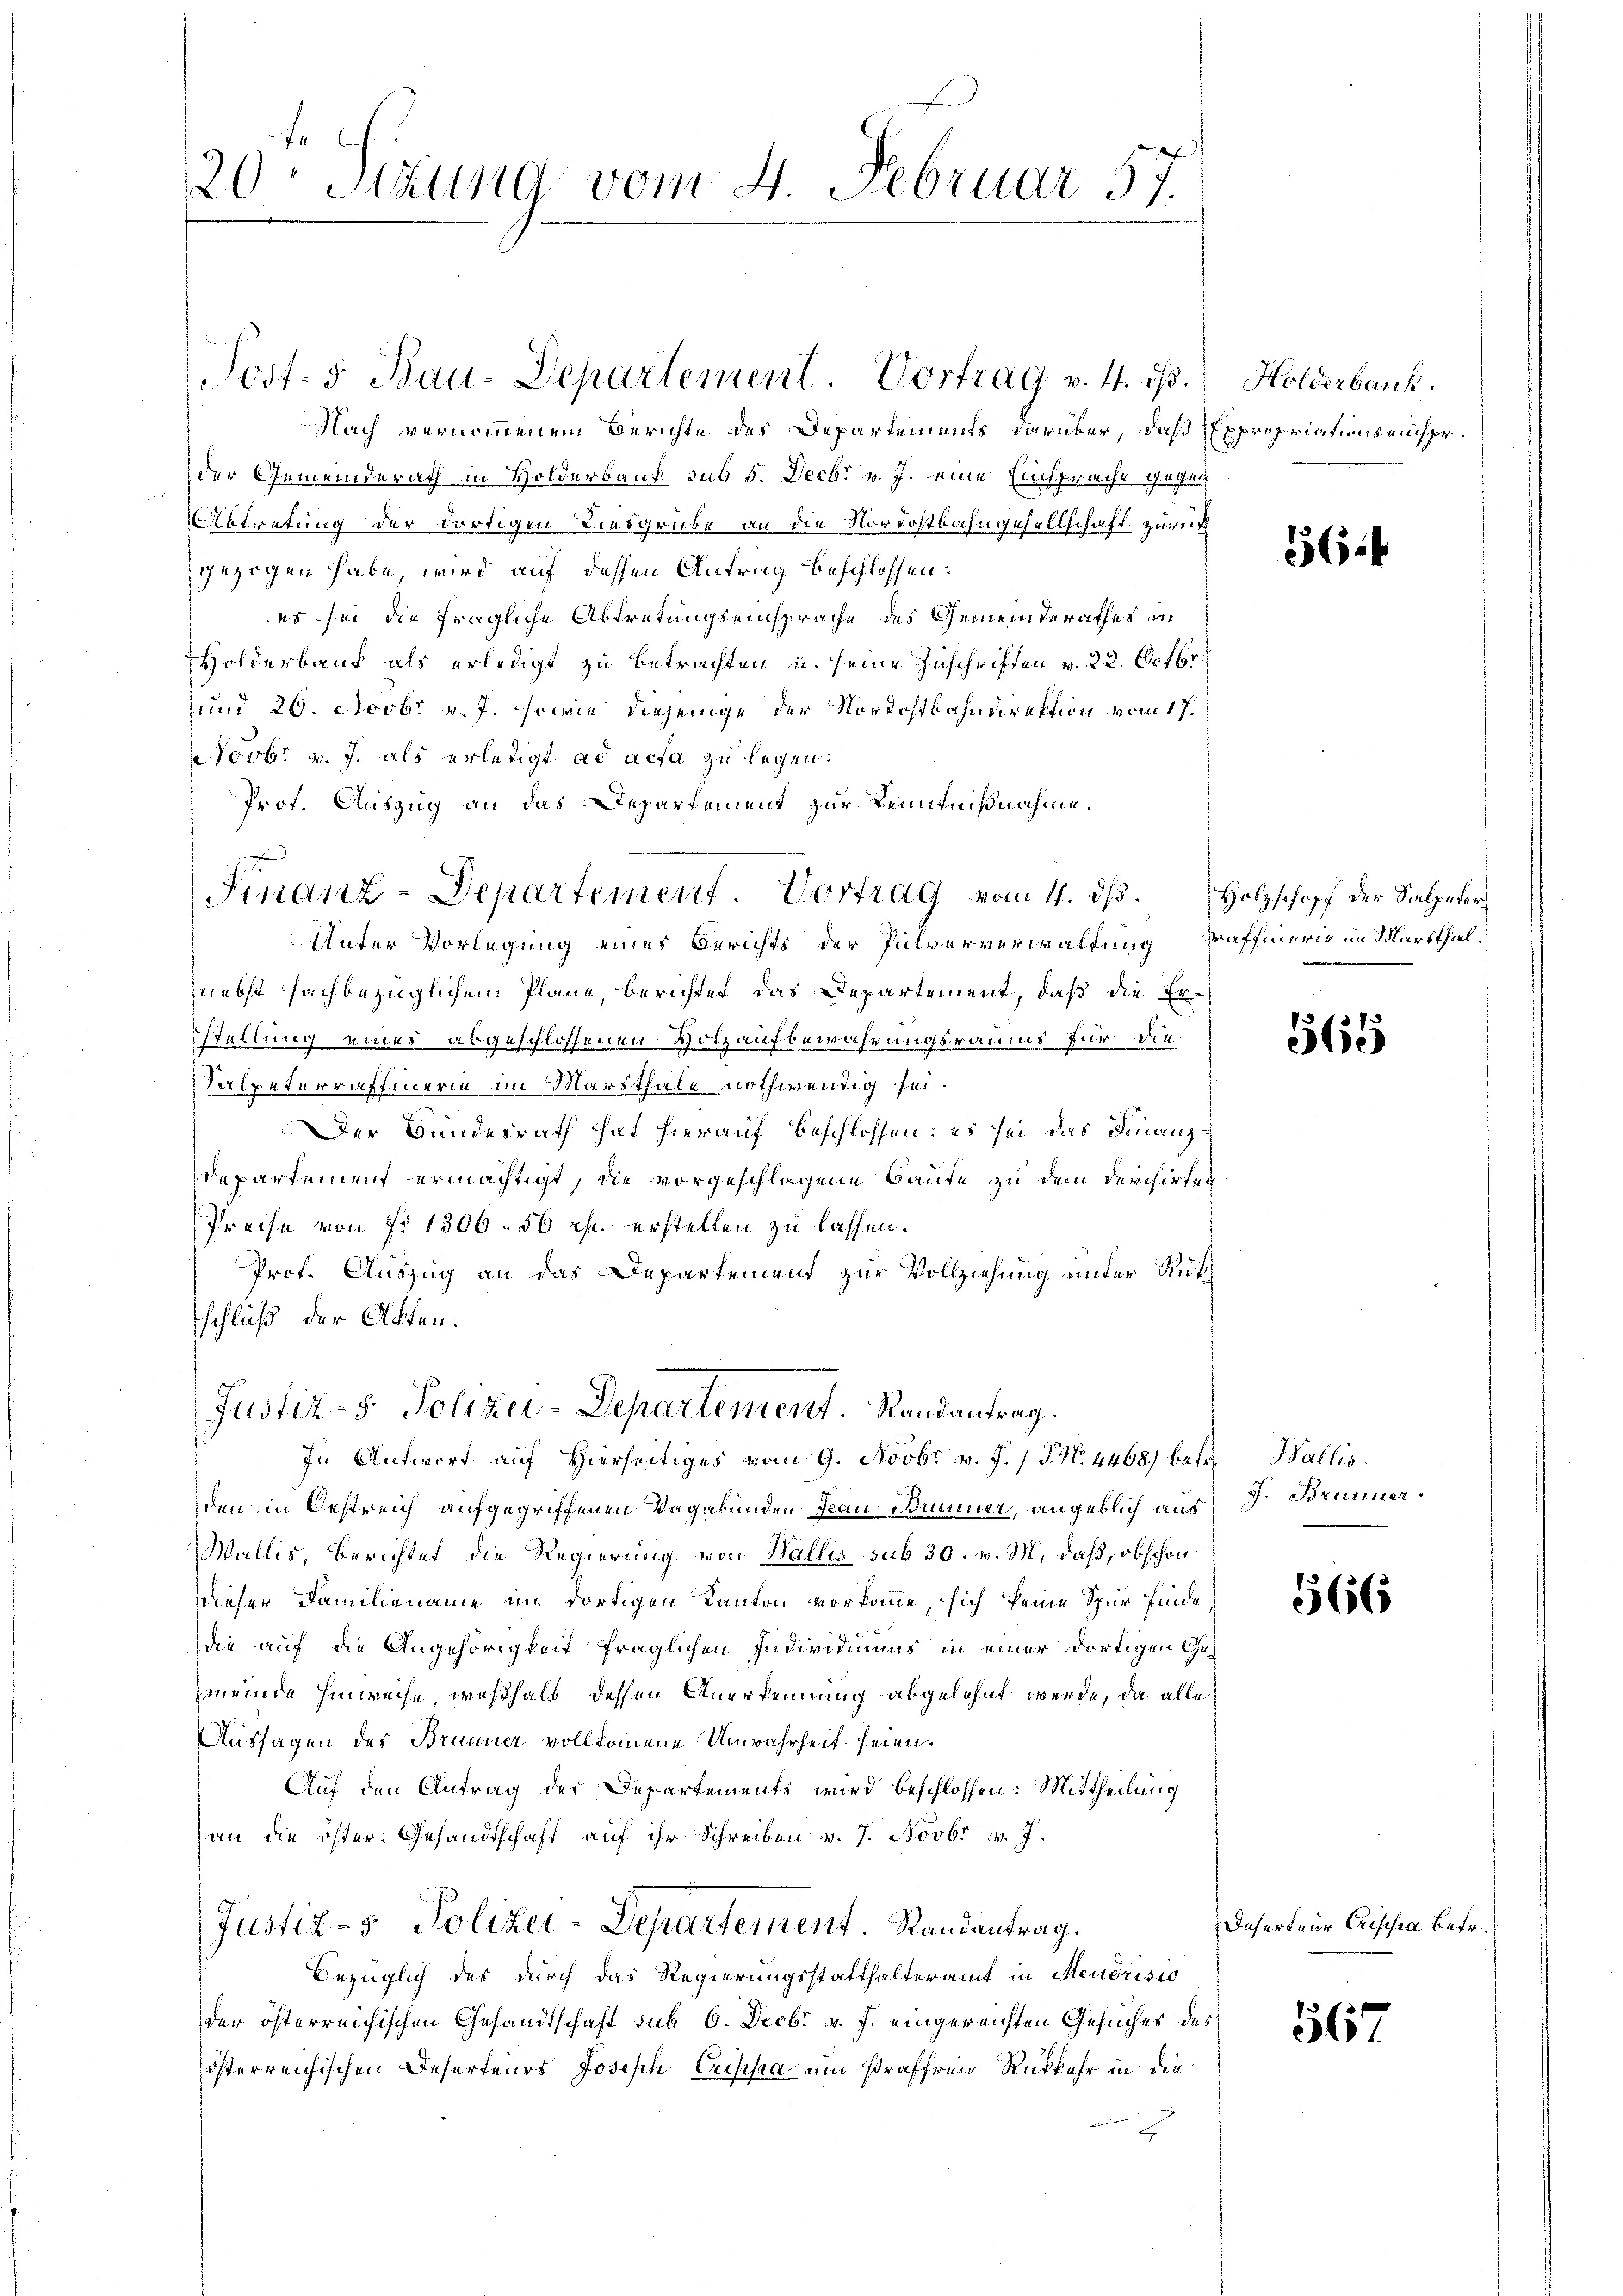
20. Sitzung vom 4. Februar 57.

Nach vernommenem Berichte des Departements darüber, daß Expropriations einspeder Gemeinderath in Holderbaut sub 5. Decbr v. J. eine Einsprache gegen
Abtretung der dortigen Liesgrube an die Nordostbahngesellschaft zurüc
gezogen habe, wird auf dessen Antrag beschlossen:
es sei die fragliche Abtretungseinsprache des Gemeinderathes in
Holderkauf als erledigt zu betrachten u. seine Zuschriften v. 22. Octbr.
und 20. Novbr. v. J. sowie diejenige der Nordostbahndirektion vom 17.
Novbr v. J. als erledigt ad acta zu legen.
Prof. Auszug an das Departement zur Kenntnißnahme.
Finanz-Departement. Vortrag vom 4. ds. Holzschopf der Salpeter
Unter Vorlegung eines Berichts der Pulververwaltung Wafferie im Marthalnebst sachbezüglichem Plane, berichtet das Departement, daß die Erstellung eines abgeschlossenen Hotzaufbewahrungsraums für die
Kalpeterraffierin im Marthale nothwendig sei.
Der Bundesrath hat hierauf beschlossen: es sei das Finanz¬
Departement ermächtigt, die vorgeschlagene Baute zu dem Derchirten
Preise von No 1306. 56 Rp. erstellen zu lassen.
Prof. Auszug an das Departemend zur Vollziehung unter Rütschluß der Akten.

Justiz- & Polizei-Departement. Randantrag.
In Antwort auf Hierseitiges vom 9. Novbr. v. J. / P. N. 4468) betr. Wallis

Post- 5. Bau-Departement. Vortrag v. 4. ds.

den in Oestreich aufgegriffenen Vagabunden Jean Brunner, angeblich aus
Wallis, Berichtet die Regierung von Wallis sub 30. v. M. daß, obschon
dieser Familiename im dortigen Kanton vorkomme, sich keine Spur finde
u
die auf die Angehörigkeit fraglichen Individuums in einer dortigen Gemeinde Hinweise, weßhalb dessen Anerkennung abgelehnt werde, da alle
Aussagen des Brunner vollkommene Unwahrheit seien.
Auf den Antrag des Departements wird beschlossen: Mittheilung
an die öster. Gesandtschaft auf ihr Schreiben v. 7. Novbr v. 7.
Justiz- & Polizei-Departement Randantrag.
Bezüglich des durch das Regierungsstatthalteramt in Mendrisio
der österreichischen Gesandtschaft sub 6. Decbr. v. J. eingereichten Gesuches des
österreichischen Deserteurs Joseph Crisesia um straffreie Rückkehr in die
g
2

Holderbank.

56

565

J. Brunner.

566

Daherteur Crischen Betr.

567